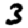
Digit: 3